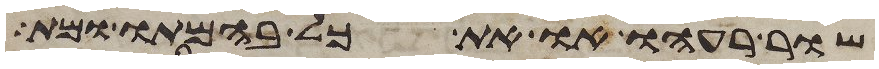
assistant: שור רעהו או את כל בהמתו ומת